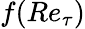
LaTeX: f(Re_{\tau})